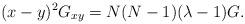
LaTeX: \begin{align*}(x-y)^2G_{xy}=N(N-1)(\lambda-1) G.\end{align*}